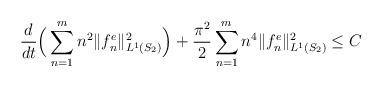
LaTeX: \begin{align*}\dfrac{d }{dt}\Big(\sum_{n=1}^m n^2 \Vert f_n^e \Vert_{L^1(S_2)}^2 \Big)+\dfrac{\pi^2}{2}\sum_{n=1}^mn^4 \Vert f_n^e \Vert_{L^1 (S_2)}^2\leq C\end{align*}